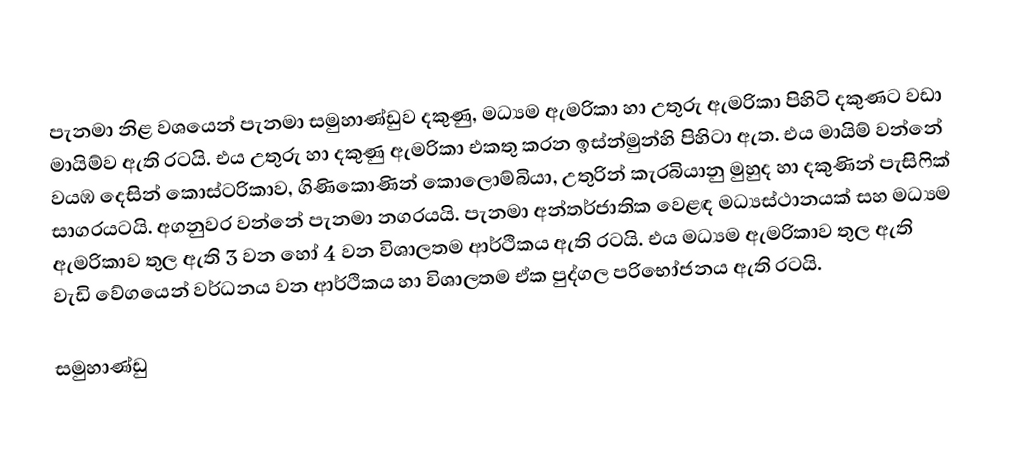
පැනමා නිළ වශයෙන් පැනමා සමුහාණ්ඩුව දකුණු, මධ්‍යම ඇමරිකා හා උතුරු ඇමරිකා පිහිටි දකුණට වඩා මායිම්ව ඇති රටයි. එය උතුරු හා දකුණු ඇමරිකා එකතු කරන ඉස්න්මුන්හි පිහිටා ඇත. එය මායිම් වන්නේ වයඹ දෙසින් කොස්ටරිකාව, ගිණිකොණින් කොලොම්බියා, උතුරින්  කැරබියානු මුහුද හා දකුණින් පැසිෆික් සාගරයටයි. අගනුවර වන්නේ පැනමා නගරයයි. පැනමා අන්තර්ජාතික වෙළඳ මධ්‍යස්ථානයක් සහ මධ්‍යම ඇමරිකාව තුල ඇති 3 වන හෝ 4 වන විශාලතම ආර්ථිකය ඇති රටයි. එය මධ්‍යම ඇමරිකාව තුල ඇති වැඩි වේගයෙන් වර්ධනය වන ආර්ථිකය හා විශාලතම ඒක පුද්ගල පරිභෝජනය ඇති රටයි.

සමුහාණ්ඩු